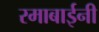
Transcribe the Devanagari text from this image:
रमाबाईनी